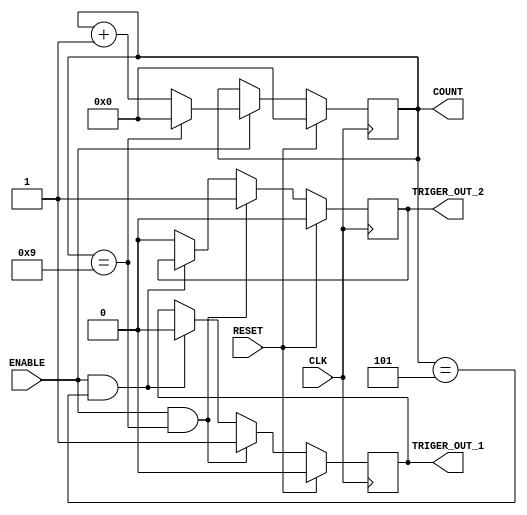
module Generic_counter(
    CLK,
    RESET,
    ENABLE,
    TRIGER_OUT_1,
    TRIGER_OUT_2,
    COUNT
    );
    
    parameter COUNTER_WIDTH = 4;
    parameter COUNTER_MAX = 9;
    
    input CLK;
    input RESET;
    input ENABLE;
    output TRIGER_OUT_1;
    output TRIGER_OUT_2;
    output [COUNTER_WIDTH-1:0] COUNT;
    
    initial
    count_value = 0;
    //Declare registers that hold the current count value and trigger out between clock cycles
    
    reg [COUNTER_WIDTH-1:0] count_value = 0;
    reg Trigger_out_1 = 0;
    reg Trigger_out_2;
    
    //Synchronous logic for value of count_value
    always@(posedge CLK) begin
       if(RESET)
          count_value <= 0;
       else begin
          if(ENABLE) begin
             if(count_value == COUNTER_MAX)
                count_value <= 0;
             else
                count_value <= count_value + 1;
          end
       end
    end
    
    //Synchronous logic for value of Trigger_out
    //Consists of two Trigger_out as one wi110ll give a wide pulses for IR_LED output
    //and the other one will be used for counting up
    always@(posedge CLK) begin
       if(RESET) begin
          Trigger_out_1 <= 0;
          Trigger_out_2 <= 0;
       end
       else begin
          if(ENABLE && (count_value == COUNTER_MAX)) begin
             Trigger_out_1 <= 1;
             Trigger_out_2 <= 1;
          end 
          // set Trigger_out_1 to 0, once the counter reached the half counting period
          else if (ENABLE && (count_value == (COUNTER_MAX/2) + 1))
             Trigger_out_1 <= 0;
          else
             Trigger_out_2 <= 0;
       end
    end
    
    //Assignment that tie the count_value and Trigger_out to COUNT and TRIG_OUT respectively
    assign COUNT = count_value;
    assign TRIGER_OUT_1 = Trigger_out_1;
    assign TRIGER_OUT_2 = Trigger_out_2;   
    
    
    
endmodule